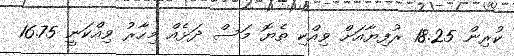
ކުރިން 18.25 ރުފިޔާއަށް ވިއްކި ތެޔޮ މަސް ދަޅެއް މިހާރު ވިއްކަނީ 16.75